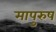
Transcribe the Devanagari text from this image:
मापुरुष